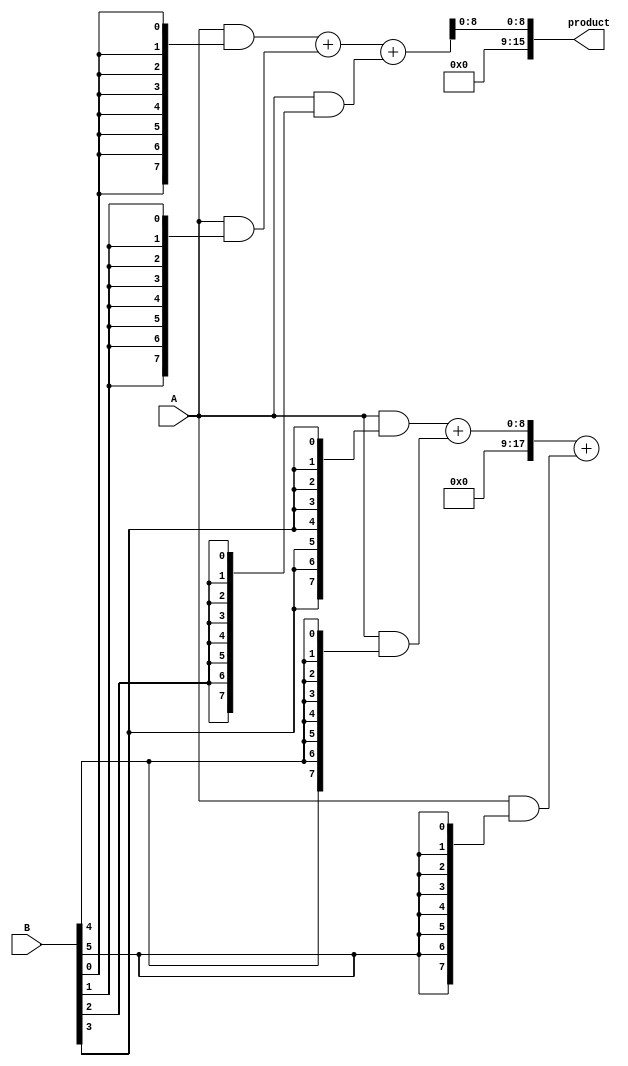
module WallaceTreeMultiplier #(parameter N = 8) (
    input wire [N-1:0] A,
    input wire [N-1:0] B,
    output wire [2*N-1:0] product
);

    // Internal signals for partial products
    wire [N-1:0] pp [0:N-1]; // partial product array
    wire [N*2-1:0] sum [0:N-1]; // sum array for reduction
    wire [N*2-1:0] carry [0:N-1]; // carry array for reduction
    
    // Generate partial products
    genvar i, j;
    generate
        for (i = 0; i < N; i = i + 1) begin : pp_gen
            assign pp[i] = A & {N{B[i]}};
        end
    endgenerate

    // Wallace Tree Reduction
    // First stage of reduction
    wire [N*2-1:0] reduced [0:N/3-1]; // Reduced rows
    wire [N:0] stage_sum, stage_carry;

    for (i = 0; i < N/3; i = i + 1) begin : stage1
        if (i*3 + 2 < N) begin
            // Combine three bits into two bits using Full Adders and Half Adders
            assign {stage_carry, stage_sum} = pp[i*3] + pp[i*3 + 1] + pp[i*3 + 2];
            assign reduced[i] = stage_sum;
            // Carry is propagated for the next stage if needed
            assign carry[i] = stage_carry;
        end else if (i*3 + 1 < N) begin
            // Combine two bits (when fewer than three remain)
            assign {stage_carry, stage_sum} = pp[i*3] + pp[i*3 + 1];
            assign reduced[i] = stage_sum;
        end else begin
            // Single bit left
            assign reduced[i] = pp[i*3];
        end
    end

    // Continue reducing until two rows remain
    // Repeat similar reduction process for the next stages
    // ... (This requires additional stages and logic depending on the number of reduced rows)

    // Final addition of remaining rows
    // You would implement the final addition logic here (could be a CLA, CSA, etc.)

    // Constructing the final product
    // This crucial part of the design is skipped and you need to finalize it based on how many rows remain
    // You could use a straightforward adder here
    
    assign product = {reduced[0], reduced[1]}; // This line should be adjusted to reflect the final summation process

endmodule